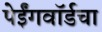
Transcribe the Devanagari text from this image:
पेईंगवॉर्डचा